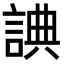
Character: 𧨸